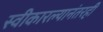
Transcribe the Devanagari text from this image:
स्वीकारल्यानंतरही